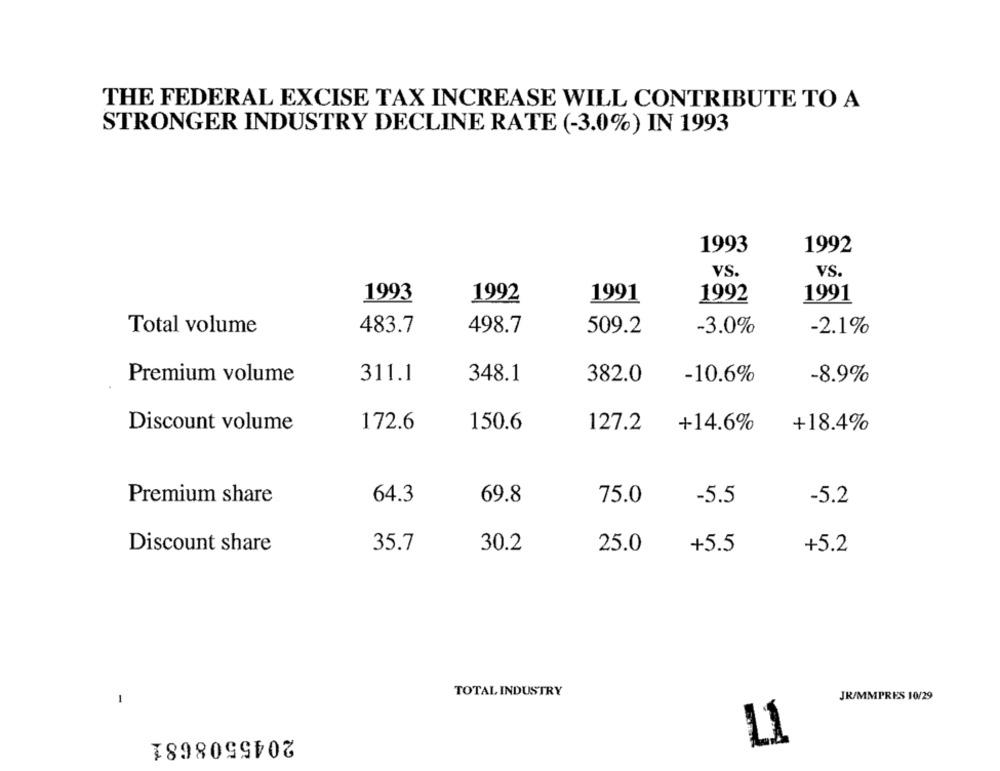
THE FEDERAL EXCISE TAX INCREASE WILL CONTRIBUTE TO A
STRONGER INDUSTRY DECLINE RATE (-3.0%) IN 1993
1993
1992
VS.
VS
1993
1992
1991
1992
1991
Total volume
483.7
498.7
509.2
-3.0%
-2.1%
Premium volume
311.1
348.1
382.0
-10.6%
-8.9%
Discount volume
172.6
150.6
127.2
+14.6%
+18.4%
Premium share
64.3
69.8
75.0
-5.5
-5.2
Discount share
35.7
30.2
25.0
+5.5
+5.2
TOTAL INDUSTRY
JR/MMPRES 10/29
2045508681
L1